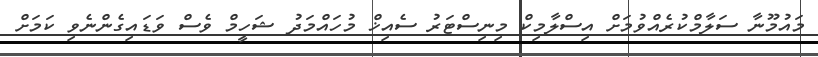
މައުމޫނާ ސަލާމްކުރެއްވުމަށް އިސްލާމިކް މިނިސްޓަރު ސެއިޚް މުހައްމަދު ޝަހީމް ވެސް ވަޑައިގެންނެވި ކަމަށް